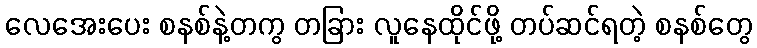
လေအေးပေး စနစ်နဲ့တကွ တခြား လူနေထိုင်ဖို့ တပ်ဆင်ရတဲ့ စနစ်တွေ